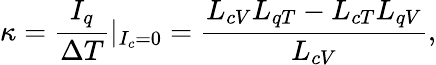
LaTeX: \kappa=\frac{I_{q}}{\Delta T}|_{I_{c}=0}=\frac{L_{cV}L_{qT}-L_{cT}L_{qV}}{L_{cV}},